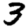
Digit: 3